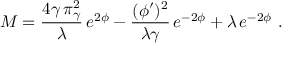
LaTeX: { \cal M } = { \frac { 4 \gamma \, \pi _ { \gamma } ^ { 2 } } { \lambda } } \, e ^ { 2 \phi } - { \frac { ( \phi ^ { \prime } ) ^ { 2 } } { \lambda \gamma } } \, e ^ { - 2 \phi } + \lambda \, e ^ { - 2 \phi } ~ .